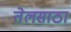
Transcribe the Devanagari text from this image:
तेलसाठा